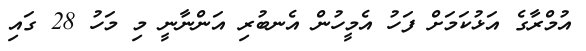
އުމްރާގެ އަޅުކަމަށް ފަހު އެމީހުން އެނބުރި އަންނާނީ މި މަހު 28 ގައި